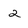
Character: 2